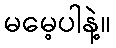
မမေ့ပါနဲ့။